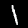
Digit: 1